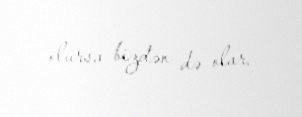
olursa bizdən də olar.